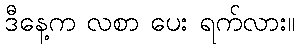
ဒီနေ့က လစာ ပေး ရက်လား။